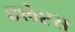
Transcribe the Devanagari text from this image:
क्लेप्टस